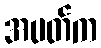
အပတ်က